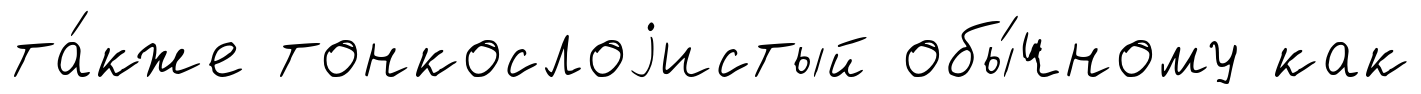
та́кже тонкослоjистый обы́чному как